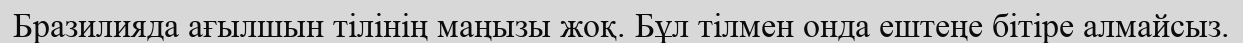
Бразилияда ағылшын тілінің маңызы жоқ. Бұл тілмен онда ештеңе бітіре алмайсыз.